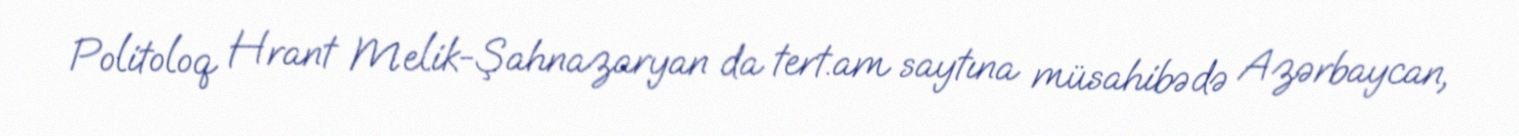
Politoloq Hrant Melik-Şahnazaryan da tert.am saytına müsahibədə Azərbaycan,